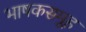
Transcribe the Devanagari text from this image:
भाषकसमूह